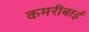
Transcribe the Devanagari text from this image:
कमरीबाई